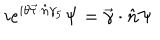
LaTeX: i e ^ { i \theta \vec { \tau } \cdot \hat { n } \gamma _ { 5 } } \Psi = \vec { \gamma } \cdot \hat { n } \Psi